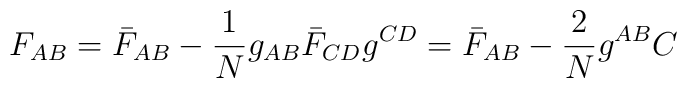
F_{AB} = \bar{F}_{AB} - \frac{1}{N} g_{AB} \bar{F}_{CD}g^{CD} = \bar{F}_{AB} - \frac{2}{N} g^{AB} C